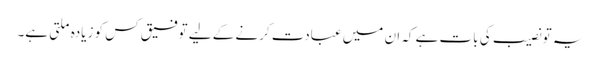
یہ تو نصیب کی بات ہے کہ ان میں عبادت کرنے کے لیے توفیق کس کو زیادہ ملتی ہے۔